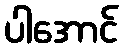
ပါအောင်